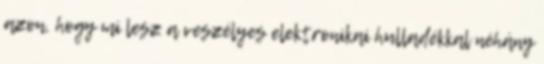
azon, hogy mi lesz a veszélyes elektronikai hulladékkal néhány